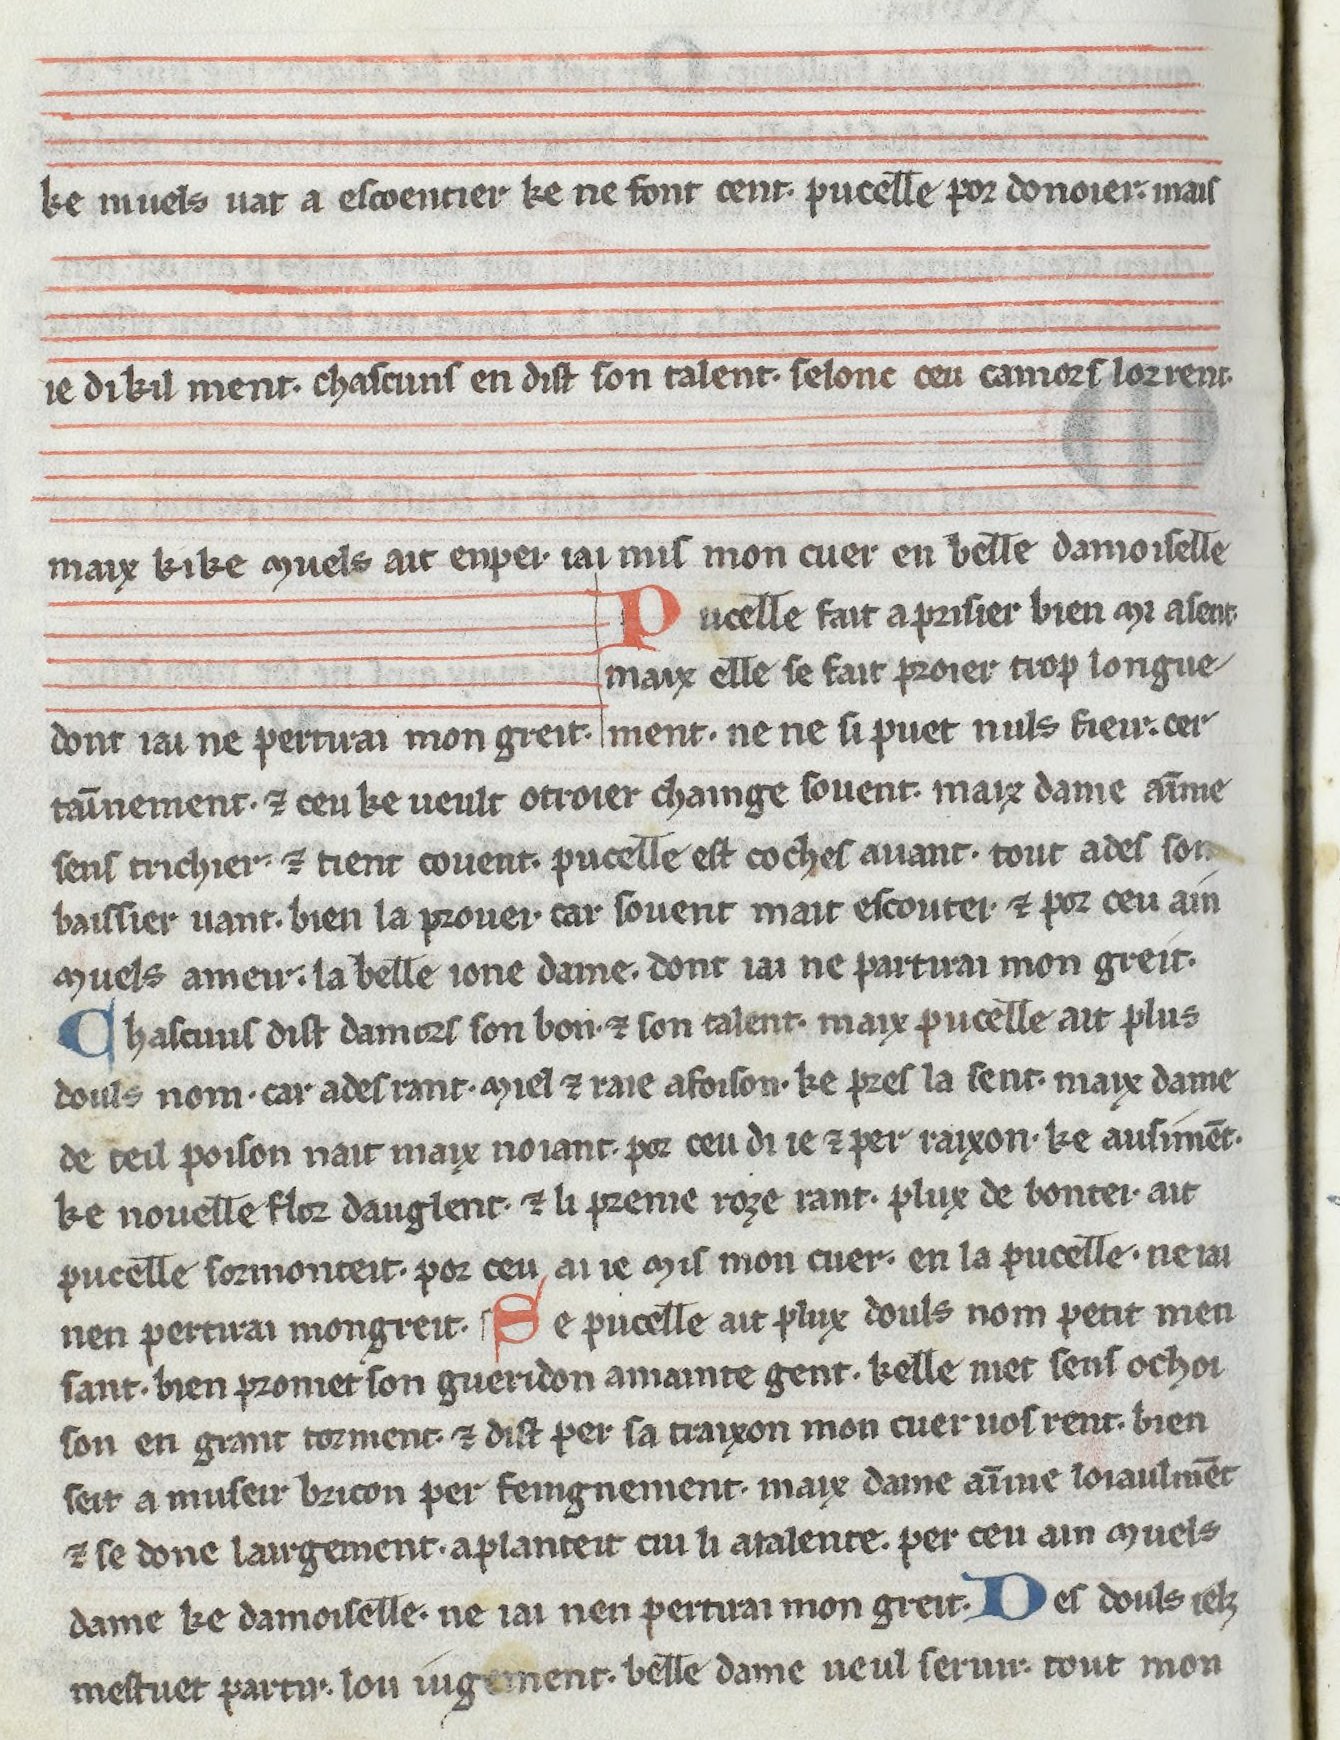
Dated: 1275–1299